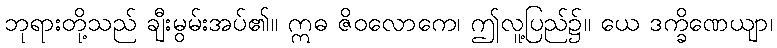
ဘုရားတို့သည် ချီးမွမ်းအပ်၏။ ဣဓ ဇိဝလောကေ၊ ဤလူ့ပြည်၌။ ယေ ဒက္ခိဏေယျာ၊